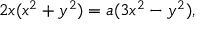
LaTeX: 2 x ( x ^ { 2 } + y ^ { 2 } ) = a ( 3 x ^ { 2 } - y ^ { 2 } ) ,